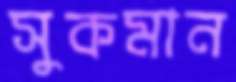
সুকমান